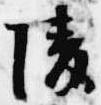
陵